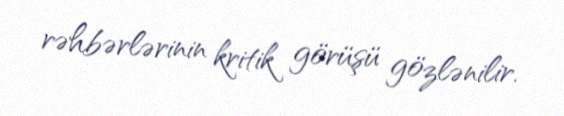
rəhbərlərinin kritik görüşü gözlənilir.